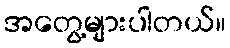
အတွေ့များပါတယ်။